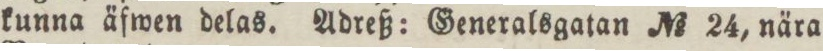
kunna äfwen delas. Adreß: Generalsgatan No 24, nära